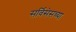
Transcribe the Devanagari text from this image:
सर्विसेसच्या